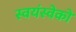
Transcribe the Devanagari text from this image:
स्वयंस्वेकों